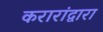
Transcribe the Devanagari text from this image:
करारांद्वारा